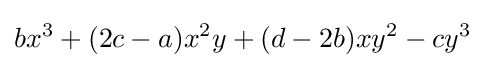
bx^{3}+(2c-a)x^{2}y+(d-2b)xy^{2}-cy^{3}